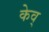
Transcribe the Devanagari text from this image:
केव्‌